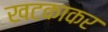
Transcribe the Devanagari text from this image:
खटकाकर